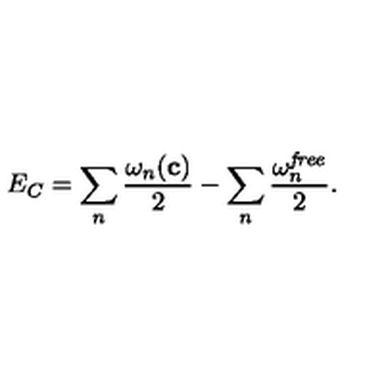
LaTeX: E _ { C } = \sum _ { n } { \frac { \omega _ { n } ( { \bf c } ) } { 2 } } - \sum _ { n } { \frac { \omega _ { n } ^ { \it f r e e } } { 2 } } .